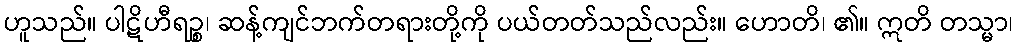
ဟူသည်။ ပါဋိဟီရဉ္စ၊ ဆန့်ကျင်ဘက်တရားတို့ကို ပယ်တတ်သည်လည်း။ ဟောတိ၊ ၏။ ဣတိ တသ္မာ၊